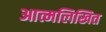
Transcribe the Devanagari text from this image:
आत्मलिखित